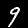
Digit: 9